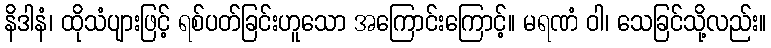
နိဒါနံ၊ ထိုသံပျားဖြင့် ရစ်ပတ်ခြင်းဟူသော အကြောင်းကြောင့်။ မရဏံ ဝါ၊ သေခြင်သို့လည်း။